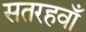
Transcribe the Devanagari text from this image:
सतरहवाँ